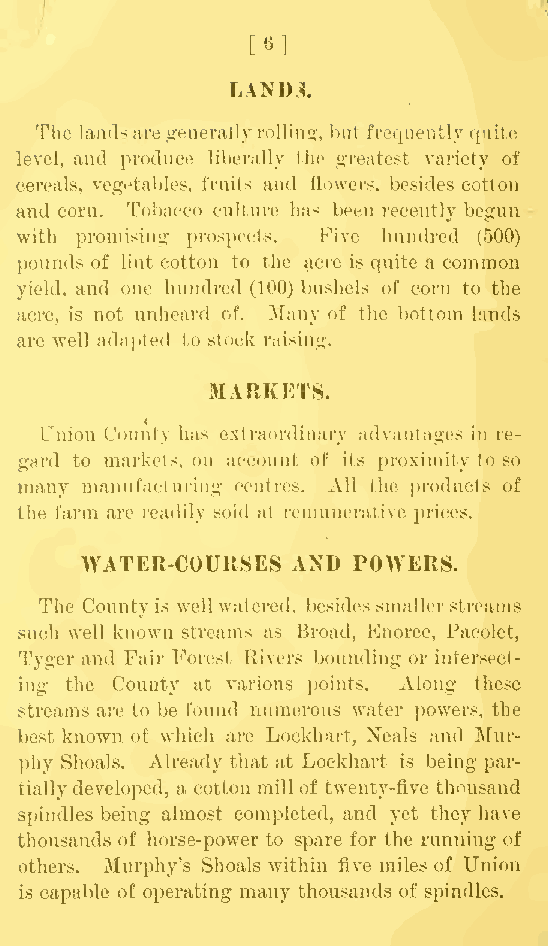
[6]
 LANDS.
 The landsare generally rolling, but frequently quite
 level, and produce liberally the greatest variety of
 cereals, vegetables, fruits and flowers, besides cotton
 and corn. Tobacco culture has been recently begun
 with promising prospects. Five hundred (500)
 pounds of lint cotton to the acre is quite a common
 yield, and one hundred (100) bushels of corn to the
 acre, is not unheard of. Many of the bottom lauds
 are well adapted to stock raising.
 MARKETS.
 Union Coun<ty has extraordinary advantages in re-
 gard to markets, on account of its proximity to so
 many manufacturing centres. All the products of
 the farm are readily sold at remunerative prices.
 WATER-COURSES AND POWERS.
 The Countyis well watered, besides smaller streams
 such well known streams as Broad, Enoree, Pacolet,
 Tyger and Fair Forest Rivers bounding or intersect-
 ing the County at various points. Along these
 streams are to be found numerous water powers, the
 best known of which are Lockhart, Neals and Mur-
 phy Shoals. Already that at Lockhart is being par-
 tiallydeveloped, a cotton millof twenty-five thousand
 spindles being almost completed, and yet they have
 thousands of horse-power to spare for the running of
 others. Murphy's Shoals within five miles of Union
 is capable of operating many thousands of spindles.